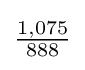
{\tfrac {1,075}{888}}